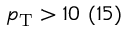
p _ { \mathrm { T } } > 1 0 \ ( 1 5 )